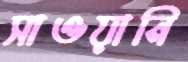
সাওয়ানি